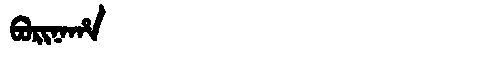
Manchu: ᠪᠣᡵᡳᠨᠠᡥᠠ
Romanization: BORINAHA